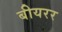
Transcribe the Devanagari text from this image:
बीयरर